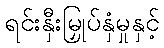
ရင်းနှီးမြှုပ်နှံမှုနှင့်